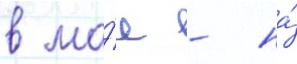
в ма́е - на́